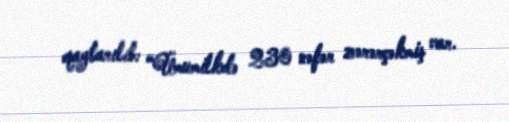
qaytarılıb: “Ümumilkdə 230 nəfər zərərçəkmiş var.